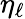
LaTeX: \eta_{\ell}